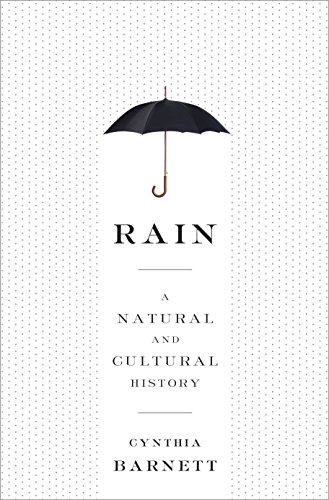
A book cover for Rain: A Natural and Cultural History; Cynthia Barnett; Science & Math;